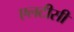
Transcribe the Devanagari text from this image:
एलटीसी